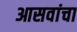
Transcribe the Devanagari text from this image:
आसवांचा